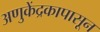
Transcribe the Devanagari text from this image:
अणुकेंद्रकापासून